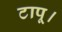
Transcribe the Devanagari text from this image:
टापू।